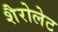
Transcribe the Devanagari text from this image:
शैरोलेट